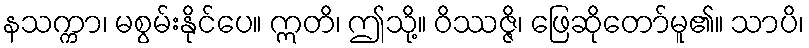
နသက္ကာ၊ မစွမ်းနိုင်ပေ။ ဣတိ၊ ဤသို့။ ဝိဿဇ္ဇိ၊ ဖြေဆိုတော်မူ၏။ သာပိ၊